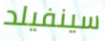
سينفيلد